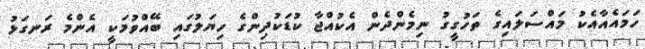
ހަމައެއާއެކު މައްސަލައިގެ ތަހުގީގު ނިމެންދެން އެކުއްޖާ ކުޑަކުދިންގެ ހިޔަލުގައި ބޭއްވުމަކީ އެންމެ ރަނގަޅު